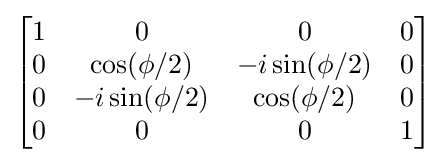
{\begin{bmatrix}1&0&0&0\\0&\cos(\phi /2)&-i\sin(\phi /2)&0\\0&-i\sin(\phi /2)&\cos(\phi /2)&0\\0&0&0&1\\\end{bmatrix}}